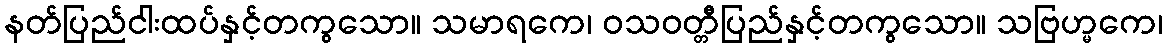
နတ်ပြည်ငါးထပ်နှင့်တကွသော။ သမာရကေ၊ ဝသဝတ္တီပြည်နှင့်တကွသော။ သဗြဟ္မကေ၊